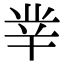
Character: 丵